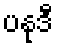
ပနုဒီ